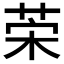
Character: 𦯕